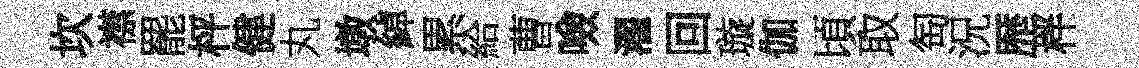
坎襟罷枰健丸墩綽累給曹噞濯回璇伽頃取匋況歴柈